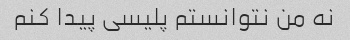
نه من نتوانستم پلیسی پیدا کنم